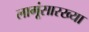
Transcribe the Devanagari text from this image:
लागूंसारख्या